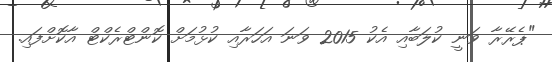
"ޕެރޭރާ ވަނީ ކުލަބާއި އެކު 2015 ވަނަ އަހަރާއި ކުޅުމަށް ކޮންޓްރެކްޓް އާކޮށްފައި.